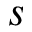
s